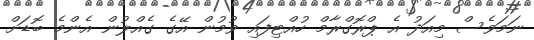
ނަމަވެސް މިއަދު އެ ޕްރޮގްރާމް ހުއްޓިފައި ވުމުން އޭގެ ގެއްލުން އެންމެ ބޮޑަށް